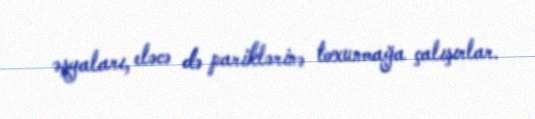
əşyaları, eləcə də pariklərinə toxunmağa çalışırlar.